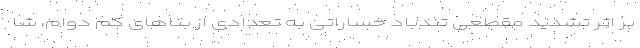
بر اثر تشدید مقطعی تندباد خساراتی به تعدادی از بناهای کم دوام، شا